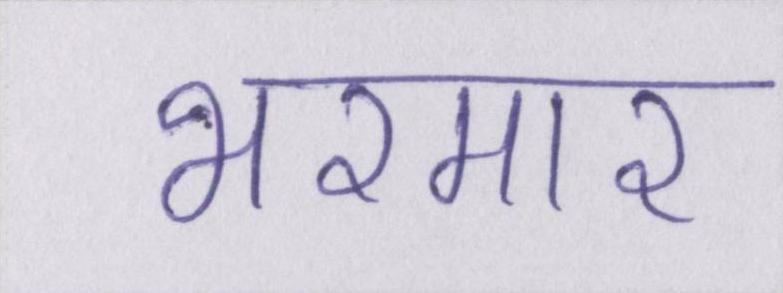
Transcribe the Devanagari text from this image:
भरमार